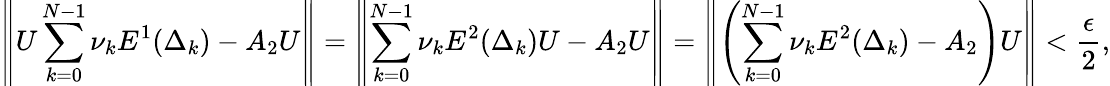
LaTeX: \left\| U\displaystyle\sum_{k=0}^{N-1}\nu_{k}E^{1}(\Delta_{k})-A_{2}U\right\| =\left\| \displaystyle\sum_{k=0}^{N-1}\nu_{k}E^{2}(\Delta_{k})U-A_{2}U\right\| =\left\| \left(\displaystyle\sum_{k=0}^{N-1}\nu_{k}E^{2}(\Delta_{k})-A_{2}\right)U\right\| <\frac{\epsilon}{2},